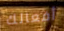
أفعالك